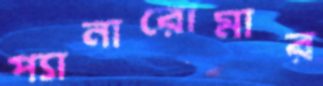
প্যানারোমার